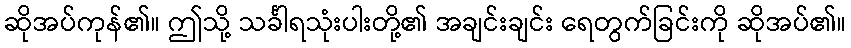
ဆိုအပ်ကုန်၏။ ဤသို့ သင်္ခါရသုံးပါးတို့၏ အချင်းချင်း ရေတွက်ခြင်းကို ဆိုအပ်၏။